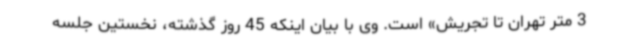
3 متر تهران تا تجریش» است. وی با بیان اینکه 45 روز گذشته، نخستین جلسه